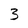
Character: 3